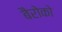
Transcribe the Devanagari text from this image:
बैरोको